Vaccination in Burma 1920-1933 - 1920-1933
Year: 1920
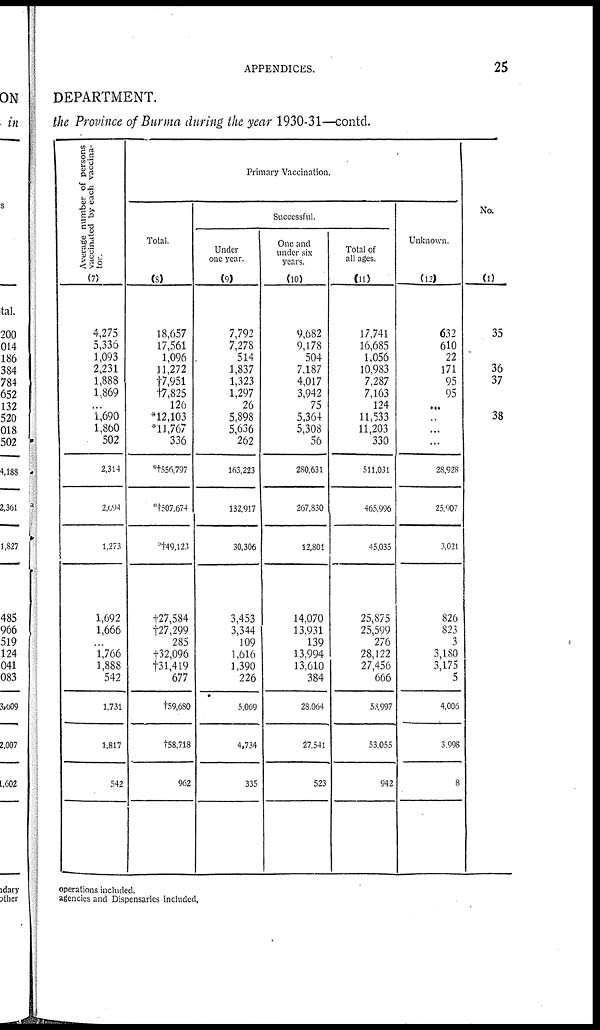
APPENDICES.
25
DEPARTMENT.
the Province of Burma during the year 1930-31—contd.
Average number of persons
vaccinated by each vaccina-
tor.
(7)
4,275
5,336
1,093
2,231
1,888
1,869
...
1,690
1,860
502
2,314
2,094
1,273
1,692
1,666
...
1,766
1,888
542
1,731
1,817
542
Primary Vaccination.
Total.
(8)
18,657
17,561
1,096
11,272
†7,951
†7,825
126
*12,103
*11,767
336
*†556,797
*†507,674
*†49,123
†27,584
†27,299
285
†32,096
†31,419
677
†59,680
†58,718
962
Successful.
Under
one year.
(9)
7,792
7,278
514
1,837
1,323
1,297
26
5,898
5,636
262
163,223
132,917
30,306
3,453
3,344
109
1,616
1,390
226
5,069
4,734
335
One and
under six
years.
(10)
9,682
9,178
504
7,187
4,017
3,942
75
5,364
5,308
56
280,631
267,830
12,801
14,070
13,931
139
13,994
13,610
384
28,064
27,541
523
Total of
all ages.
(11)
17,741
16,685
1,056
10,983
7,287
7,163
124
11,533
11,203
330
511,031
465,996
45,035
25,875
25,599
276
28,122
27,456
666
53,997
53,055
942
Unknown.
(12)
632
610
22
171
95
95
...
...
...
...
28,928
25,907
3,021
826
823
3
3,180
3,175
5
4,006
3,998
8
No.
(1)
35
36
37
38
operations included.
agencies and Dispensaries included.